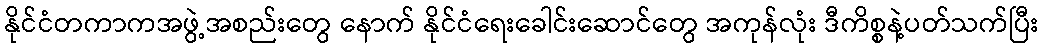
နိုင်ငံတကာကအဖွဲ့အစည်းတွေ နောက် နိုင်ငံရေးခေါင်းဆောင်တွေ အကုန်လုံး ဒီကိစ္စနဲ့ပတ်သက်ပြီး